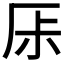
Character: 𠩏